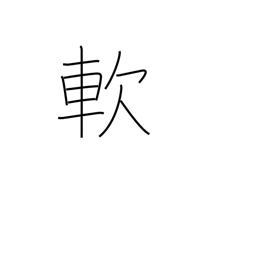
Meaning: soft